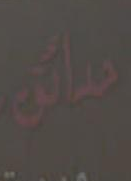
مالية